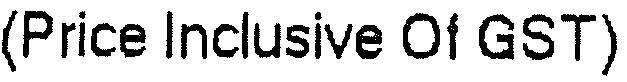
(PRICE INCLUSIVE OF GST)